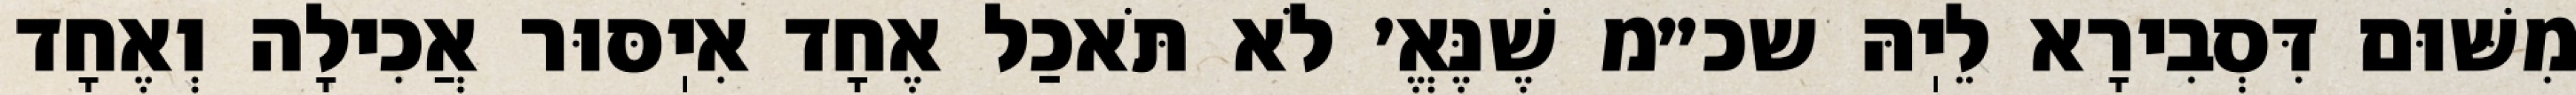
מִשּׁוּם דִּסְבִירָא לֵיֽהּ שכ״מ שֶׁנֶּאֱ׳ לֹא תֹּאכַל אֶחָד אִיֽסּוּר אֲכִילָה וְאֶחָד